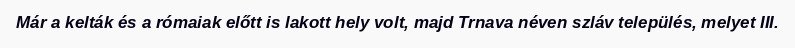
Már a kelták és a rómaiak előtt is lakott hely volt, majd Trnava néven szláv település, melyet III.